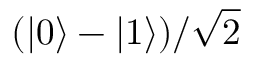
( | 0 \rangle - | 1 \rangle ) / { \sqrt { 2 } }